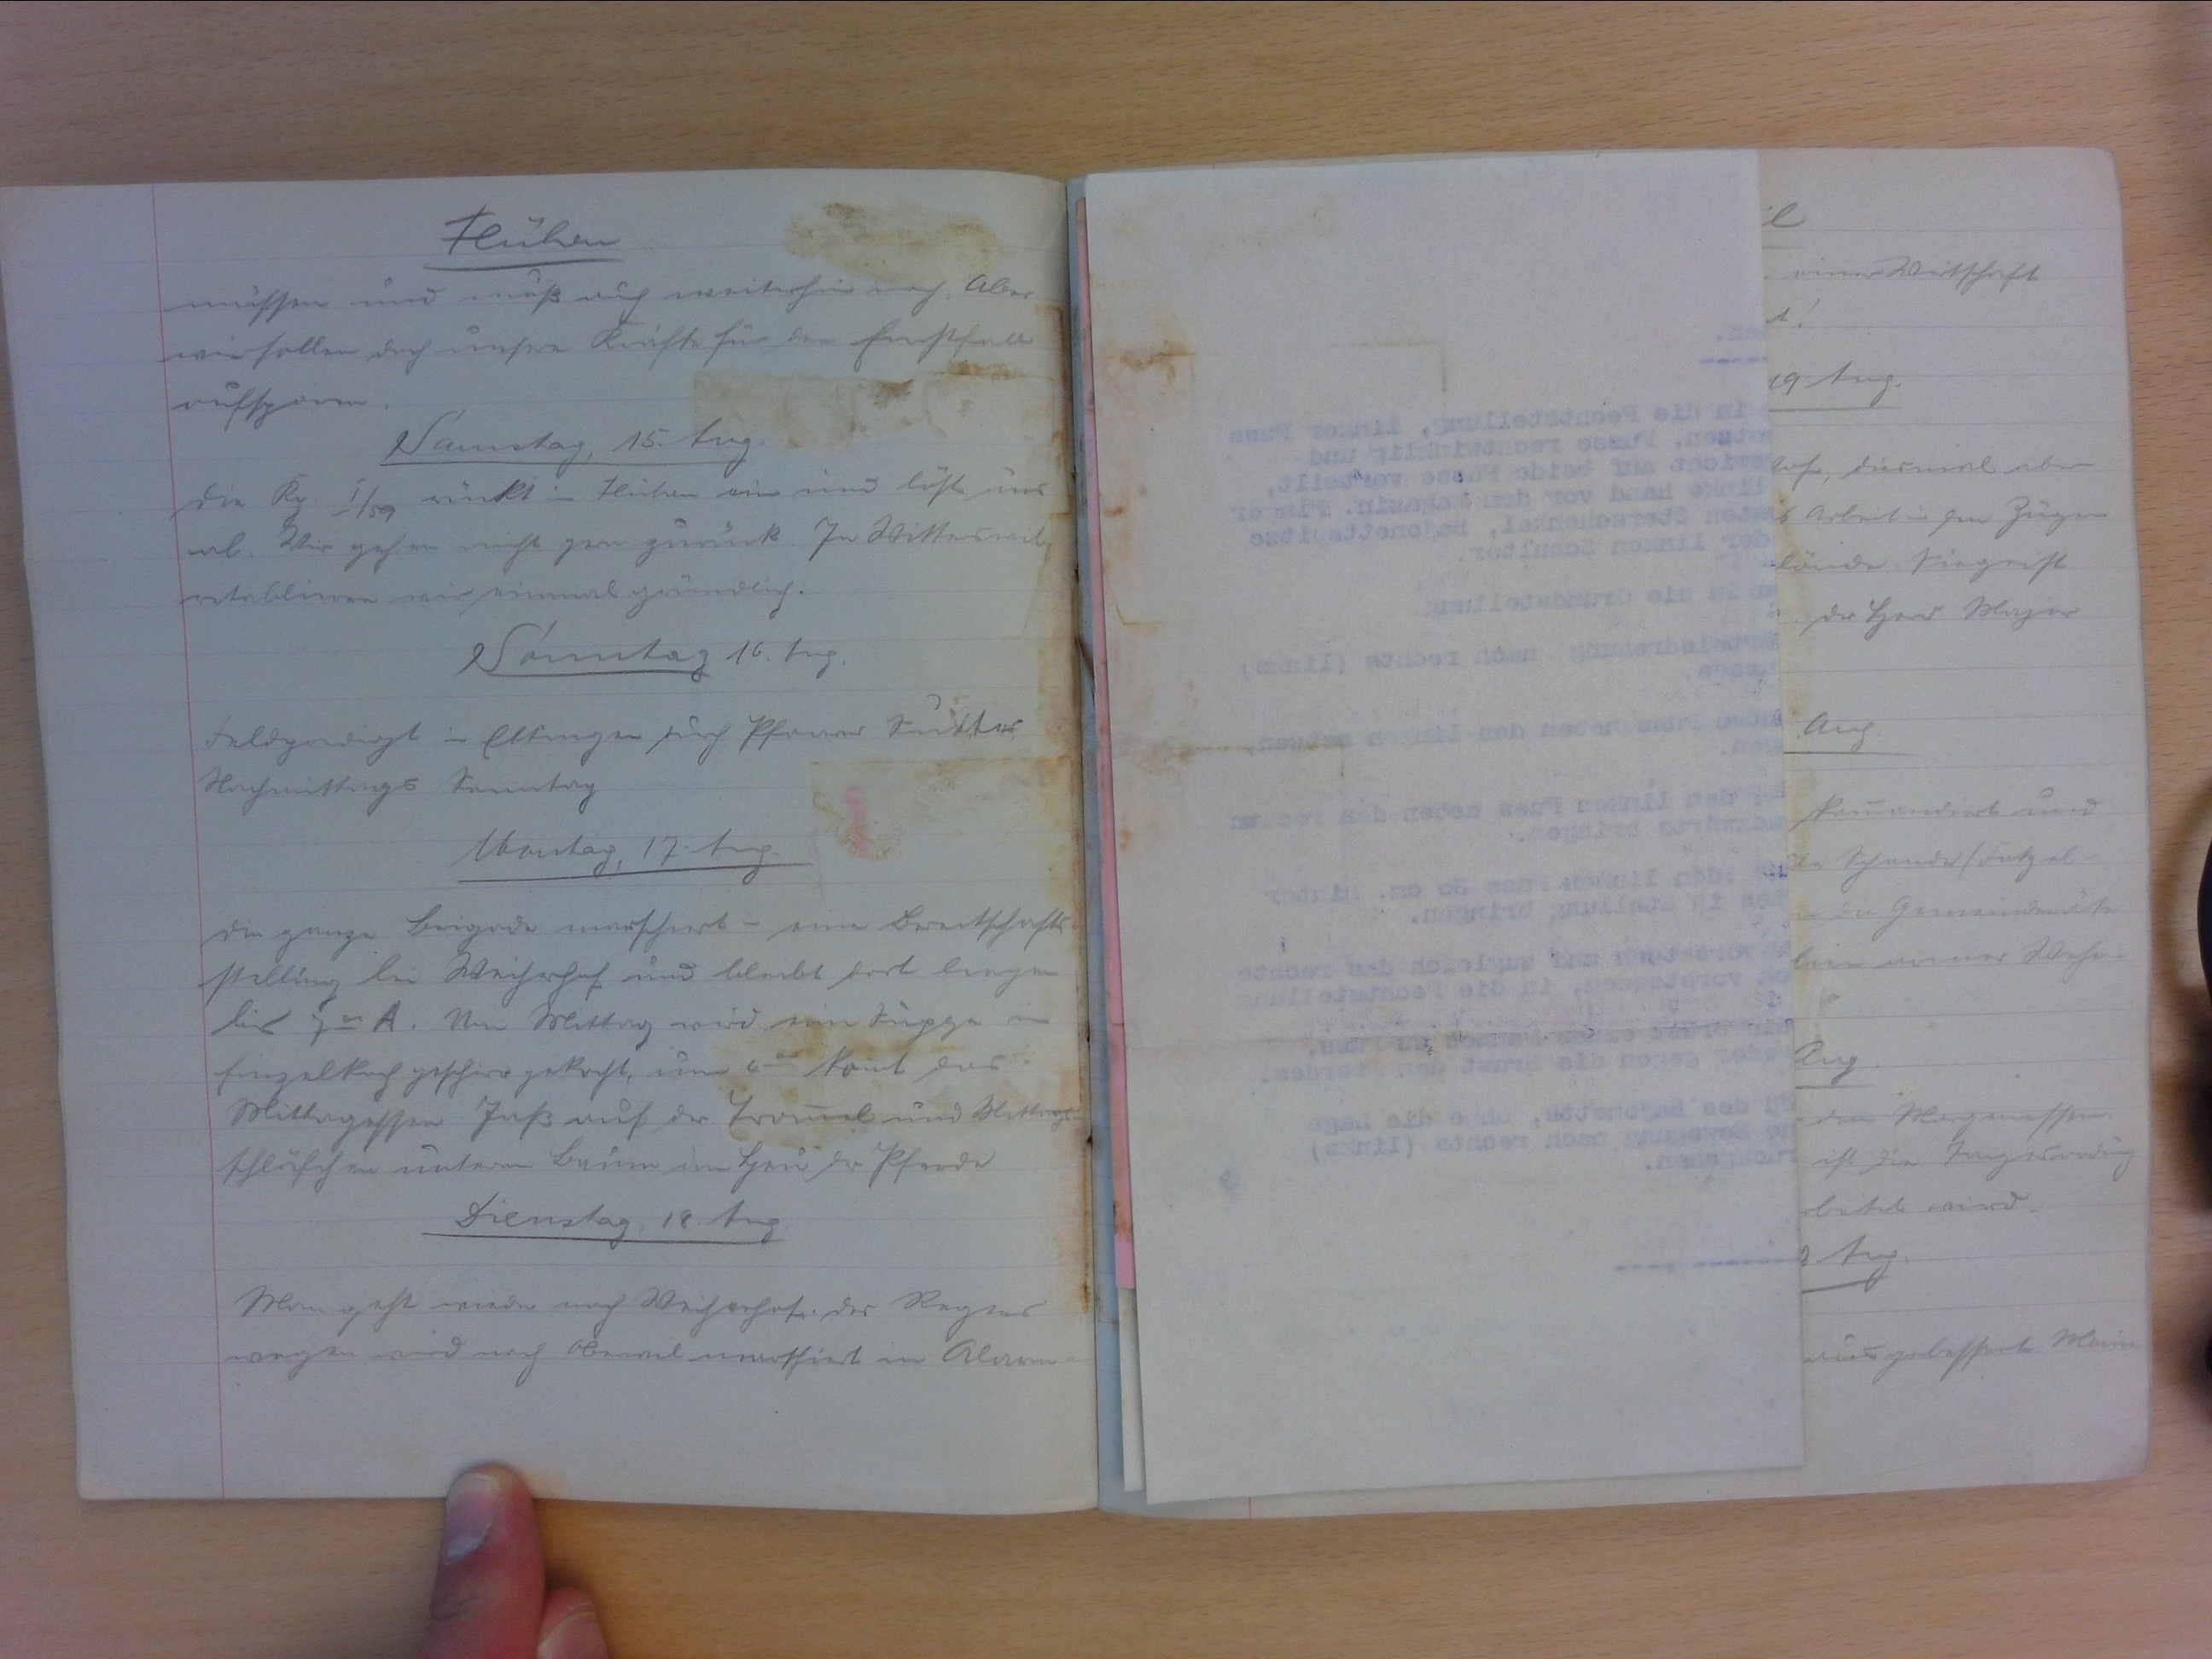
Flühen
müssen und muss auch weiterhin noch. Aber
wir sollen doch unsere Kräfte für den Ernstfall
aufsparen.
Samstag, 15. Aug.
Die Kp. I/59 rückt in Flühen ein und löst uns
ab.Wir gehen nicht gern zurück. In Witterswil
retablieren wir einmal gründlich.
Samstag 16. Aug.
Feldpredigt in Ettingen durch Pfarrer Sutter.
Nachmittags Sonntag
Montag, 17. Aug.
Die ganze Brigade marschiert - eine Bereitschafts-
stellung bei Weiherhof und bleibt dort liegen
bis 700A. Am Mittag wird eine Suppe in
Einzelkochgeschir gekocht, um 400 kommt das
Mittagsessen. Jass auf der Trommel und Mittags-
schläfchen unterm Baum im Heu der Pferde.
Dienstag, 18. Aug.
Man geht wieder nach Weiherhof. des Regens
wegen wird nach Oberwil marschiert in Alarm